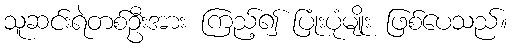
သူဆင်းရဲတစ်ဦးအား ကြည့်၍ ပြုံးပုံမျိုး ဖြစ်ပေသည်။